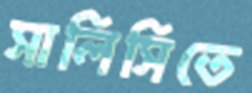
সালিসিতে